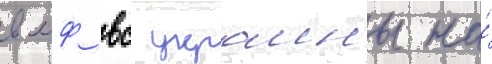
вмф вс украины на́